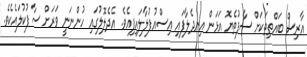
އާރިސް ބައްތިތަކަށް ސާފުތެޔޮ އަޅަން އިނދެލާފައި އިސްއުފުލާލައިފިއެވެ. އެދެލޮލުގައި ހުންނަނީ ވަރަށް ސާފުކުލައެކެވެ.